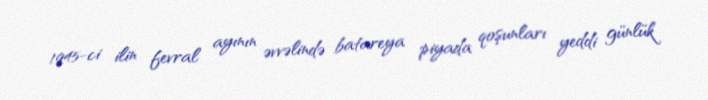
1945-ci ilin fevral ayının əvvəlində batareya piyada qoşunları yeddi günlük